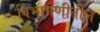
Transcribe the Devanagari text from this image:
विभागणीतील